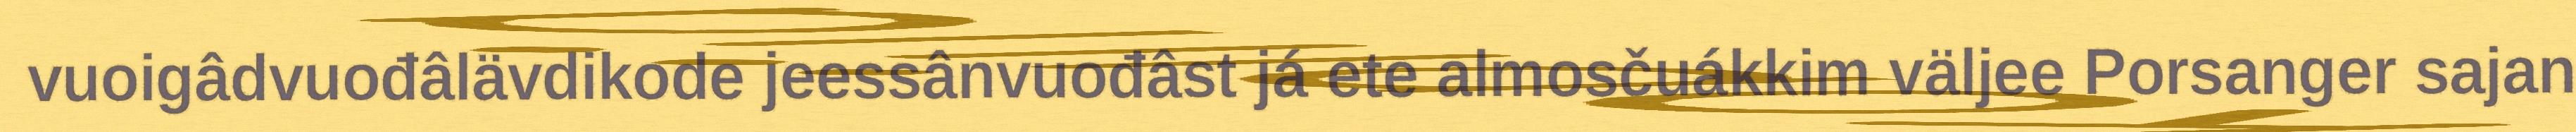
vuoigâdvuođâlävdikode jeessânvuođâst já ete almosčuákkim väljee Porsanger sajan